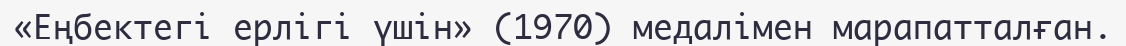
«Еңбектегі ерлігі үшін» (1970) медалімен марапатталған.